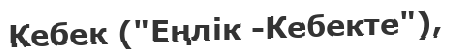
Кебек ("Еңлік -Кебекте"),